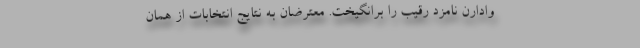
وادارن نامزد رقیب را برانگیخت. معترضان به نتایج انتخابات از همان